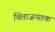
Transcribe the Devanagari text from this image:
चिंताजनतक